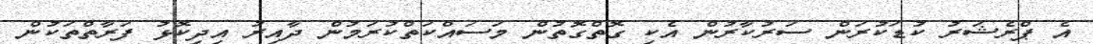
އެ ޕްރެޝަރު ކުޑަކުރަން ސަރުކާރުން އެކި ގޮތްގޮތުން މަސައްކަތްކުރަމުން ދާއިރު އިދިކޮޅު ފަރާތްތަކުން